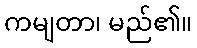
ကမျတာ၊ မည်၏။